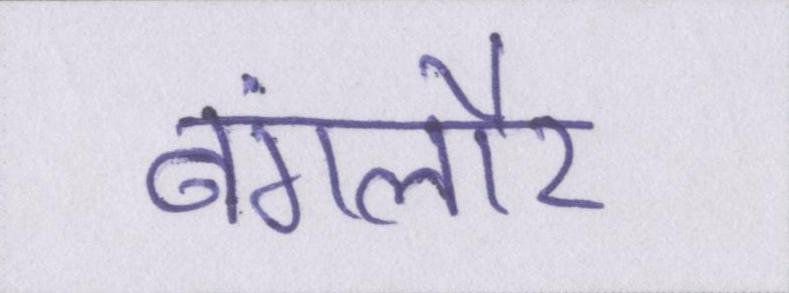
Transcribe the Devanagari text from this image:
बंगलौर